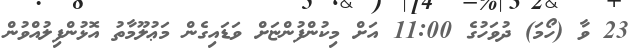
23 ވާ (ހޯމަ) ދުވަހުގެ 11:00 އަށް މިކުންފުންޏަށް ވަޑައިގެން މަޢުލޫމާތު އޮޅުންފިލުއްވުން